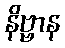
နိဗ္ဗာန